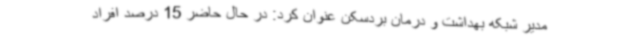
مدیر شبکه بهداشت و درمان بردسکن عنوان کرد: در حال حاضر 15 درصد افراد